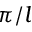
\pi / l